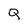
Character: Q